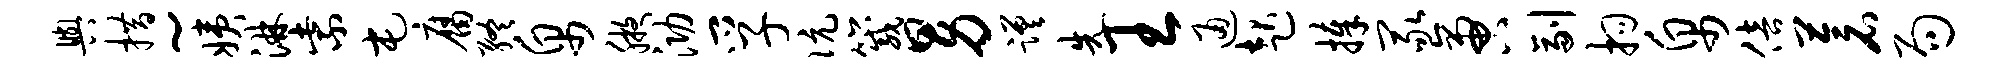
舆措~姨淋紫屯腐终帛腋泐孚伉箴男蹉先王通起捧冢啻副拘帛倍苍局